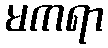
မကရာ